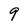
Character: 9